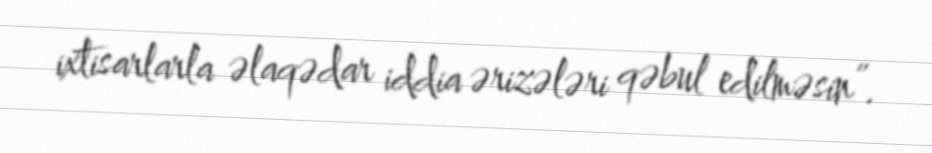
ixtisarlarla əlaqədar iddia ərizələri qəbul edilməsin”.